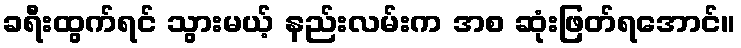
ခရီးထွက်ရင် သွားမယ့် နည်းလမ်းက အစ ဆုံးဖြတ်ရအောင်။